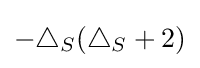
-\triangle _{S}(\triangle _{S}+2)